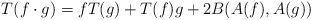
LaTeX: \begin{align*} T(f\cdot g)=fT(g)+T(f)g+2B(A(f), A(g)) \end{align*}